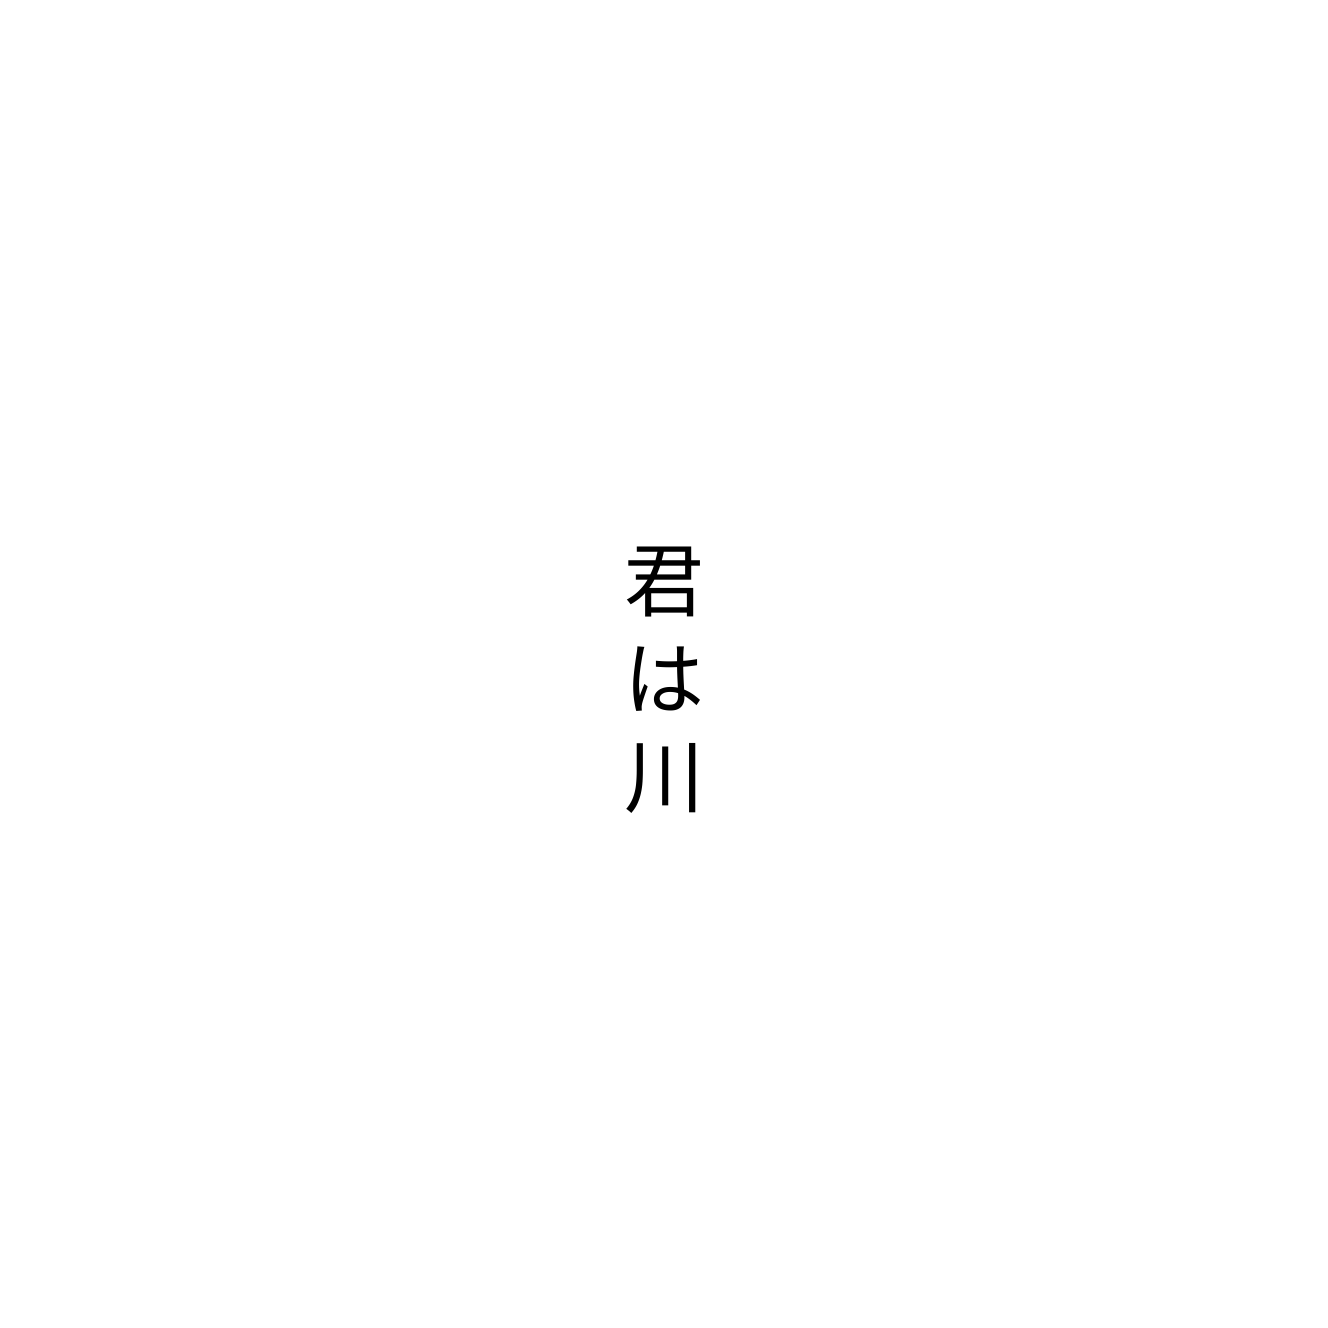
君は川